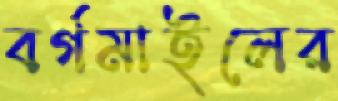
বর্গমাইলের